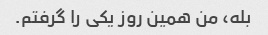
بله، من همین روز یکی را گرفتم.